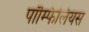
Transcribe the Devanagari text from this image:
पॉम्फिलियस